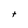
Character: t